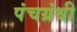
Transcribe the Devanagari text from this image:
पंचग्रंथी